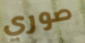
صوري